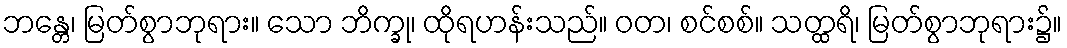
ဘန္တေ၊ မြတ်စွာဘုရား။ သော ဘိက္ခု၊ ထိုရဟန်းသည်။ ဝတ၊ စင်စစ်။ သတ္ထရိ၊ မြတ်စွာဘုရား၌။